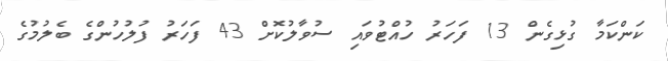
ކަންކަމާ ގުޅިގެން 13 ފަހަރު ހުއްޓުވައި ސުވާލުކޮށް 43 ފަހަރު ފުލުހުންގެ ބެލުމުގެ